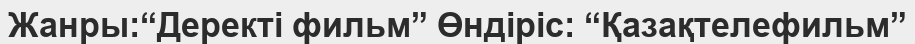
Жанры:“Деректі фильм” Өндіріс: “Қазақтелефильм”